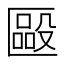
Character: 𠥝